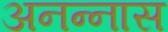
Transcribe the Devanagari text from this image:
अनन्‍नास